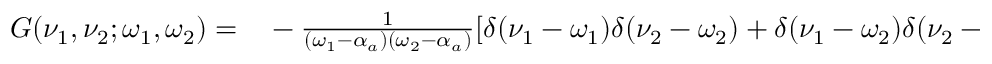
\begin{array} { r l } { G ( \nu _ { 1 } , \nu _ { 2 } ; \omega _ { 1 } , \omega _ { 2 } ) = } & { { } - \frac { 1 } { ( \omega _ { 1 } - \alpha _ { a } ) ( \omega _ { 2 } - \alpha _ { a } ) } [ \delta ( \nu _ { 1 } - \omega _ { 1 } ) \delta ( \nu _ { 2 } - \omega _ { 2 } ) + \delta ( \nu _ { 1 } - \omega _ { 2 } ) \delta ( \nu _ { 2 } - \omega _ { 1 } ) ] } \end{array}